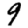
Digit: 9